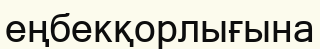
еңбекқорлығына